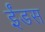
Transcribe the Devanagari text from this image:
ईंडस